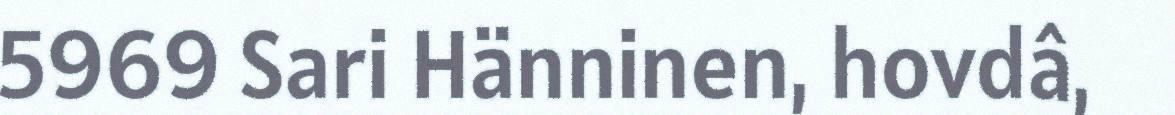
5969 Sari Hänninen, hovdâ,